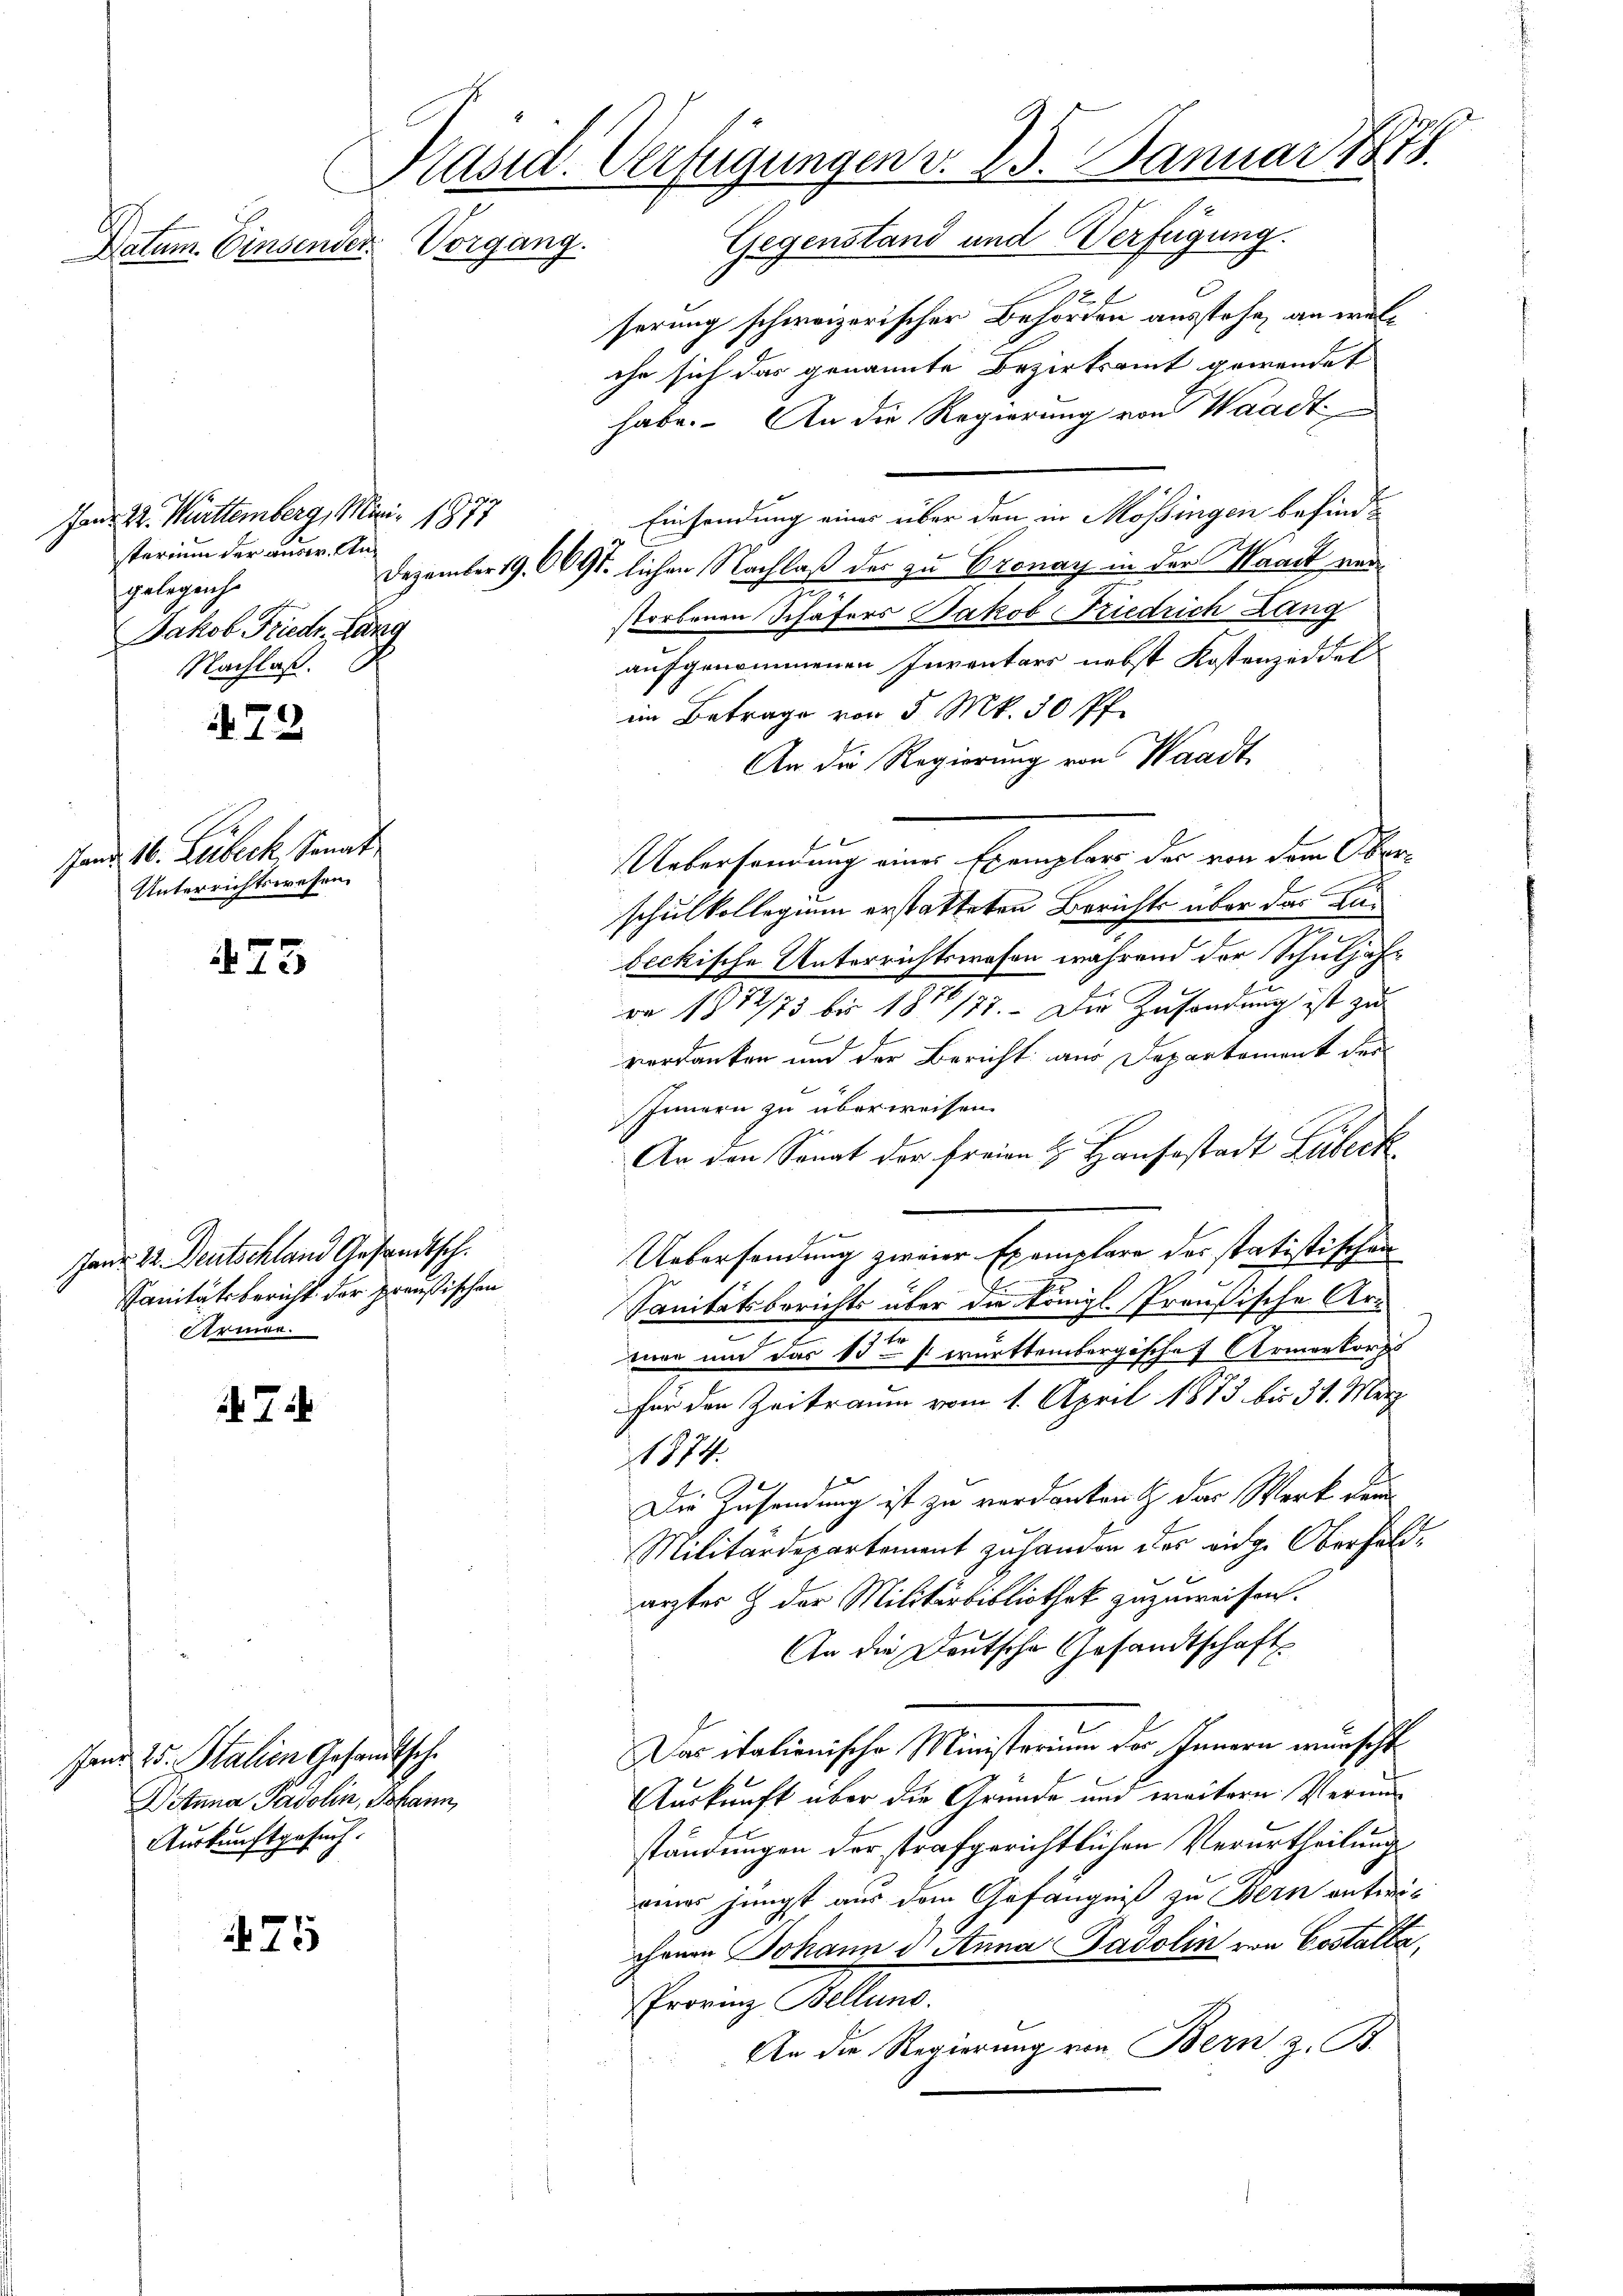
Kasid. Verfügungen v. 25. Januar 1873.
Vorgang. Gegenstand und Verfügung.
Datum. Einsender

Hand 22. Mittemberg, Mini 1877
sterium der auser. Angelegenhe
Jakob Friedr. Lang
Nachlaß.

72

Hand 16. Leibeck. Sanat
Unterrichtswesen.

73

Janr. 22. Deutschland Gesandtsch.
Sanitätsbericht der preußischen
Armen.

Ti

475

Jans 25. Stalien Gesandtsche
Wanna Pardolin, Johann,
Auskunftgesuch.

serung schweizerischer Behörden ausstehe, an welihr sich das genannte Bezirksamt gewendet
habe. An die Regierung von Waadt
Einsendung eines über den in Mössingen befind¬
Dezember 19. 691. lichen Nachlaß der zu Pronay in der Waadt vertorbenen Schäfers Jakob Friedrich Lang
aufgenommenen Inventars nebst Kostenzeddel
im Betrage von 5 Mk. 50 Pf.
An die Regierung von Waadt,
Uebersendung eines Exemplars der von dem Oberschulkollegium erstatteten Berichts über das Lubeckische Unterrichtswesen während der Schuljahr
on 1872/73 bis 1876/77.- Die Zusendung ist zu
verdanken und der Bericht aus Departement des
Innern zu überweisen.
An den Sonat der freien u. Hausestadt Lübeck.
 |
Uebersendung zweier Exemplare der statistischen
Sanitätsberichts über die Königl. Preußische Are
mar und das 15t s württembergischef Armenkorps
für den Zeitraum vom 1. April 1873 bis 31. März
14
Die Zusendung ist zu verdanken & das Werk dem
Militärdepartement zu handen das eidg. Oberfeldärztes & der Militärbibliothek zuzuweisen.
An die Deutsche Gesandtschaft
Das italienische Ministerium der Innern wünscht
Auskunft über die Grunde und weitern Vermin
ständungen der strafgerichtlichen Verurtheilung
eines jüngst aus dem Gefängniß zu Bern entwur
ihrer Johann d. Anna Parolin von Costalta,
Provinz Bellung.
An die Regierung von Bern z. B.